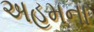
અહમના